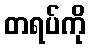
တရပ်ကို